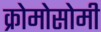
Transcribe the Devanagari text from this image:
क्रोमोसोमी